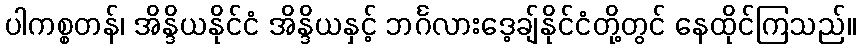
ပါကစ္စတန်၊ အိန္ဒိယနိုင်ငံ အိန္ဒိယနှင့် ဘင်္ဂလားဒေ့ချ်နိုင်ငံတို့တွင် နေထိုင်ကြသည်။